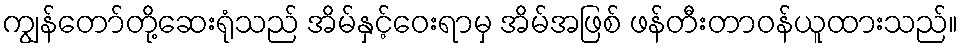
ကျွန်တော်တို့ဆေးရုံသည် အိမ်နှင့်ဝေးရာမှ အိမ်အဖြစ် ဖန်တီးတာဝန်ယူထားသည်။